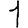
Digit: 1